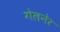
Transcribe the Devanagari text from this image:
गेलनेर